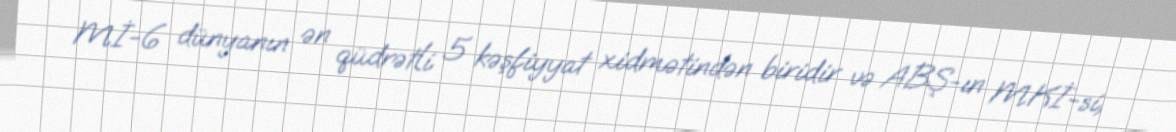
Mİ-6 dünyanın ən qüdrətli 5 kəşfiyyat xidmətindən biridir və ABŞ-ın MKİ-si,